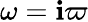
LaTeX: \omega=\mathbf{i}\varpi